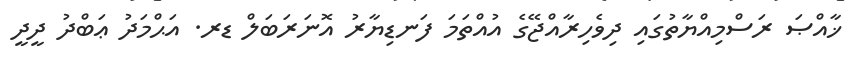
ޚާއްޞަ ރަސްމިއްޔާތުގައި ދިވެހިރާއްޖޭގެ އުއްތަމަ ފަނޑިޔާރު އޮނަރަބަލް ޑރ. އަޙްމަދު ޢަބްދު ދީދީ